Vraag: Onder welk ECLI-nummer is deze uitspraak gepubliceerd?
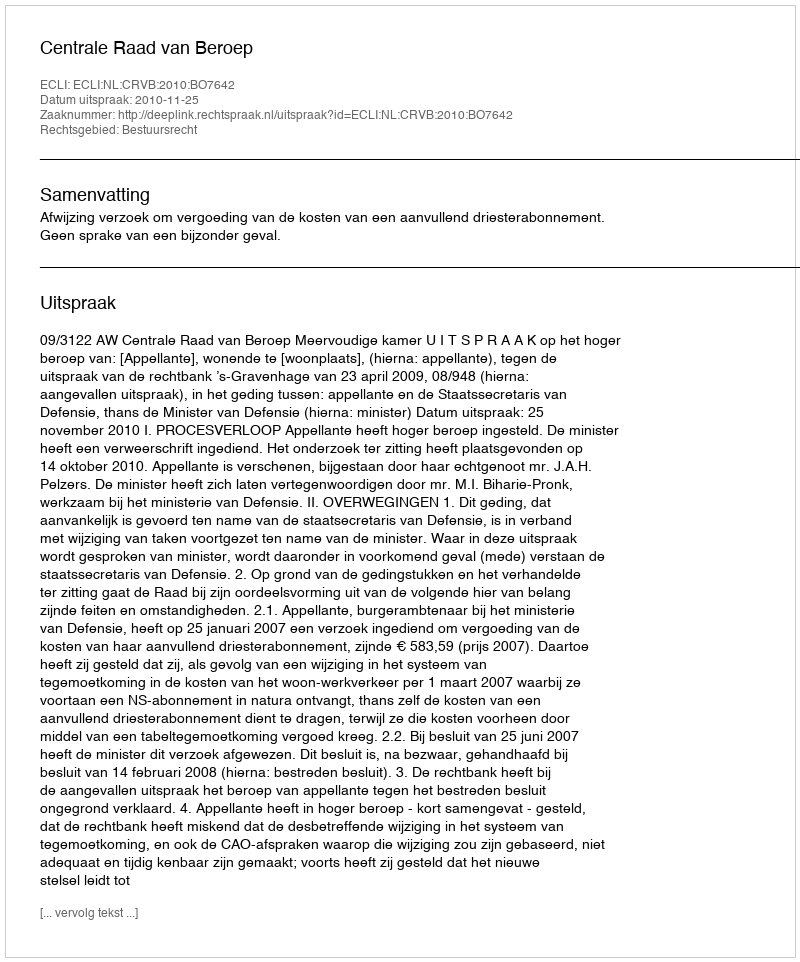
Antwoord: ECLI:NL:CRVB:2010:BO7642